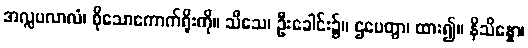
အလ္လပလာလံ၊ စိုသောကောက်ရိုးကို။ သီသေ၊ ဦးခေါင်း၌။ ဌပေတွာ၊ ထား၍။ နိသိန္နော၊